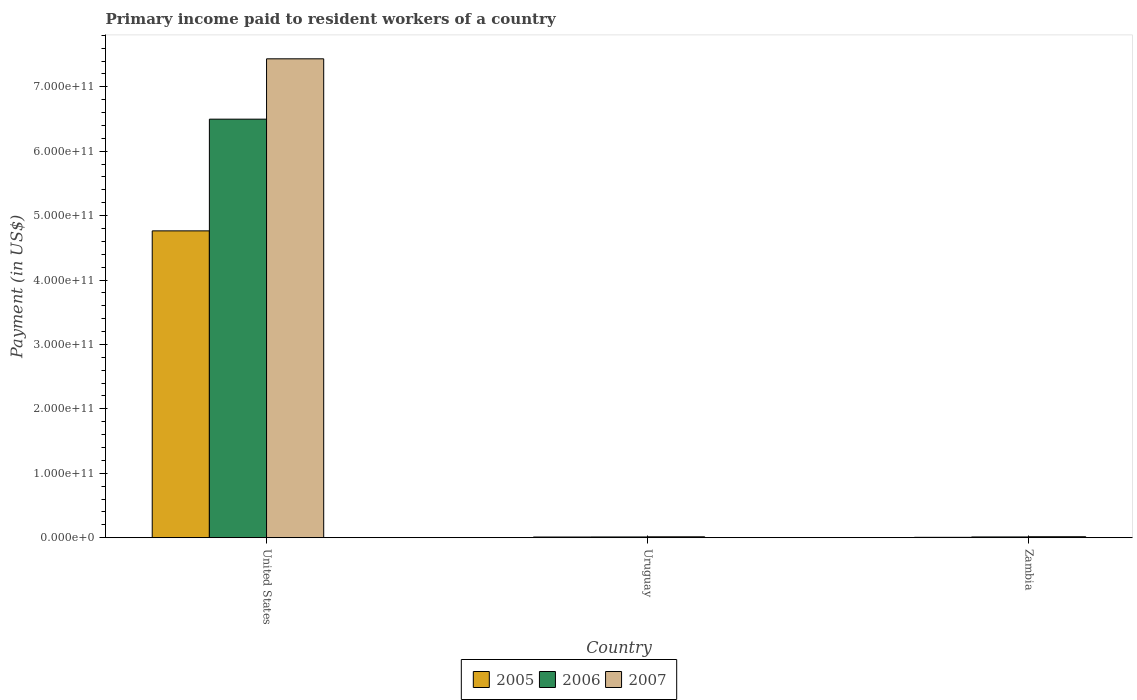
| Country | 2005 | 2006 | 2007 |
 | --- | --- | --- | --- |
 | United States | 4.76e+11 | 6.5e+11 | 7.43e+11 |
 | Uruguay | 1.06e+09 | 1.17e+09 | 1.4e+09 |
 | Zambia | 6.08e+08 | 1.19e+09 | 1.52e+09 |